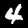
Label: 4